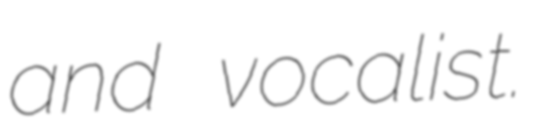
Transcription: and vocalist.